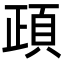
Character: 頙